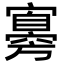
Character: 㝰